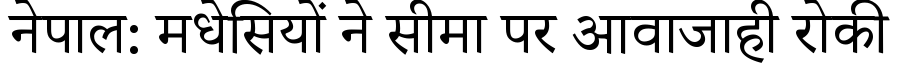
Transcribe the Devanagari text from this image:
नेपाल: मधेसियों ने सीमा पर आवाजाही रोकी